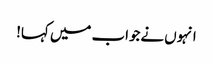
انہوں نےجواب میں کہا!